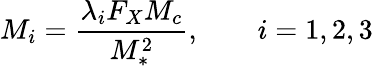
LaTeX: M_{i}=\frac{\lambda_{i}F_{X}M_{c}}{M_{*}^{2}},\qquad i=1,2,3